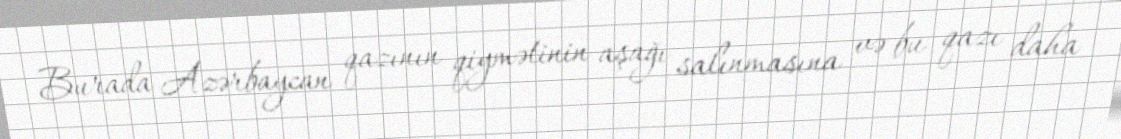
Burada Azərbaycan qazının qiymətinin aşağı salınmasına və bu qazı daha